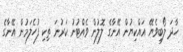
ހާދަ ލޯބިވެޔޭ އައްކިޔުން އޭނާގެ ލޮލުން ވެއްޓުނު ކަރުނަ ތިކި ފުހެލަމުން އޭނާގެ